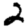
Digit: 2